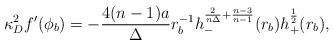
LaTeX: \begin{align*}\kappa^2_Df^{\prime}(\phi_b)=-{{4(n-1)a}\over\Delta}r^{-1}_bh^{{2\over{n\Delta}}+{{n-3}\over{n-1}}}_-(r_b)h^{1\over 2}_+(r_b),\end{align*}